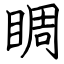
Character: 睭